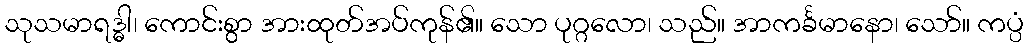
သုသမာရဒ္ဓါ၊ ကောင်းစွာ အားထုတ်အပ်ကုန်၏။ သော ပုဂ္ဂလော၊ သည်။ အာကင်္ခမာနော၊ သော်။ ကပ္ပံ